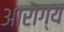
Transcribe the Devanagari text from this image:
आरॊग्य